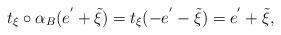
LaTeX: \begin{align*}t_{\xi}\circ\alpha_{B}(e^{'}+\tilde{\xi})=t_{\xi}(-e^{'}-\tilde{\xi})=e^{'}+\tilde{\xi},\end{align*}